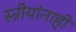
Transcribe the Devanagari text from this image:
स्त्रीयांनाही